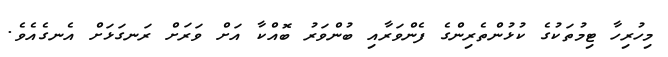
މިހުރިހާ ޓިމުތަކުގެ ކުޅުންތެރިންގެ ފެންވަރާއި ބުންވަރު ބޮއްކާ އަށް ވަރަށް ރަނގަޅަށް އެނގެއެވެ.